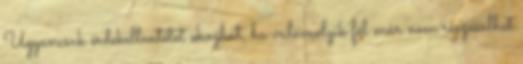
Ugyancsak érdekellentétet okozhat, ha valamelyik fél már nem részesülhet